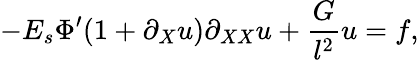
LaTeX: -E_{s}\Phi^{\prime}(1+\partial_{X}u)\partial_{XX}u+\frac{G}{l^{2}}u=f,